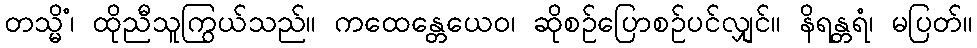
တသ္မိံ၊ ထိုညီသူကြွယ်သည်။ ကထေန္တေယေဝ၊ ဆိုစဉ်ပြောစဉ်ပင်လျှင်။ နိရန္တရံ၊ မပြတ်။